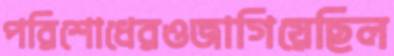
পরিশোধেরওজাগিয়েছিল